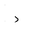
Letter: _dal